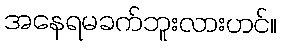
အနေရမခက်ဘူးလားဟင်။